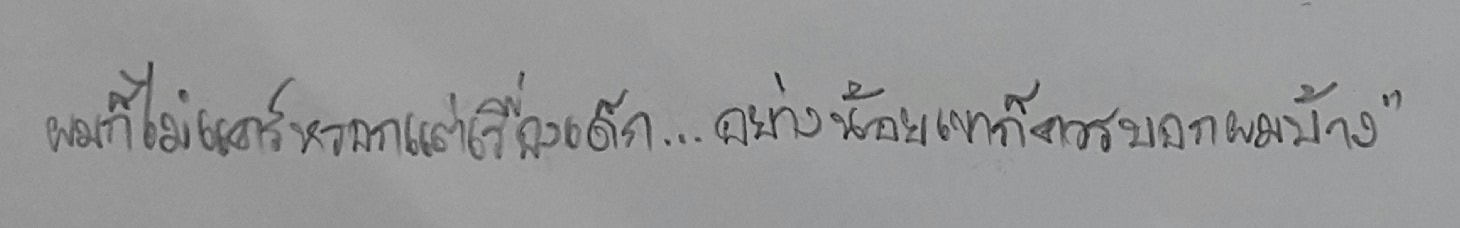
ผมก็ไม่แคร์หรอกแต่เรื่องเด็ก....อย่างน้อยเขาก็ควรบอกผมบ้าง?"